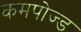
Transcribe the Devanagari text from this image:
कमपोज्ड